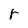
Character: r